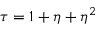
\tau = 1 + \eta + \eta ^ { 2 }